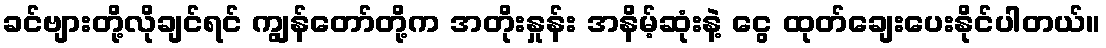
ခင်ဗျားတို့လိုချင်ရင် ကျွန်တော်တို့က အတိုးနှုန်း အနိမ့်ဆုံးနဲ့ ငွေ ထုတ်ချေးပေးနိုင်ပါတယ်။